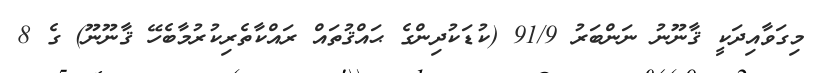
މިގަވާއިދަކީ ޤާނޫނު ނަންބަރު 91/9 (ކުޑަކުދިންގެ ޙައްޤުތައް ރައްކާތެރިކުރުމާބެހޭ ޤާނޫނޫ) ގެ 8